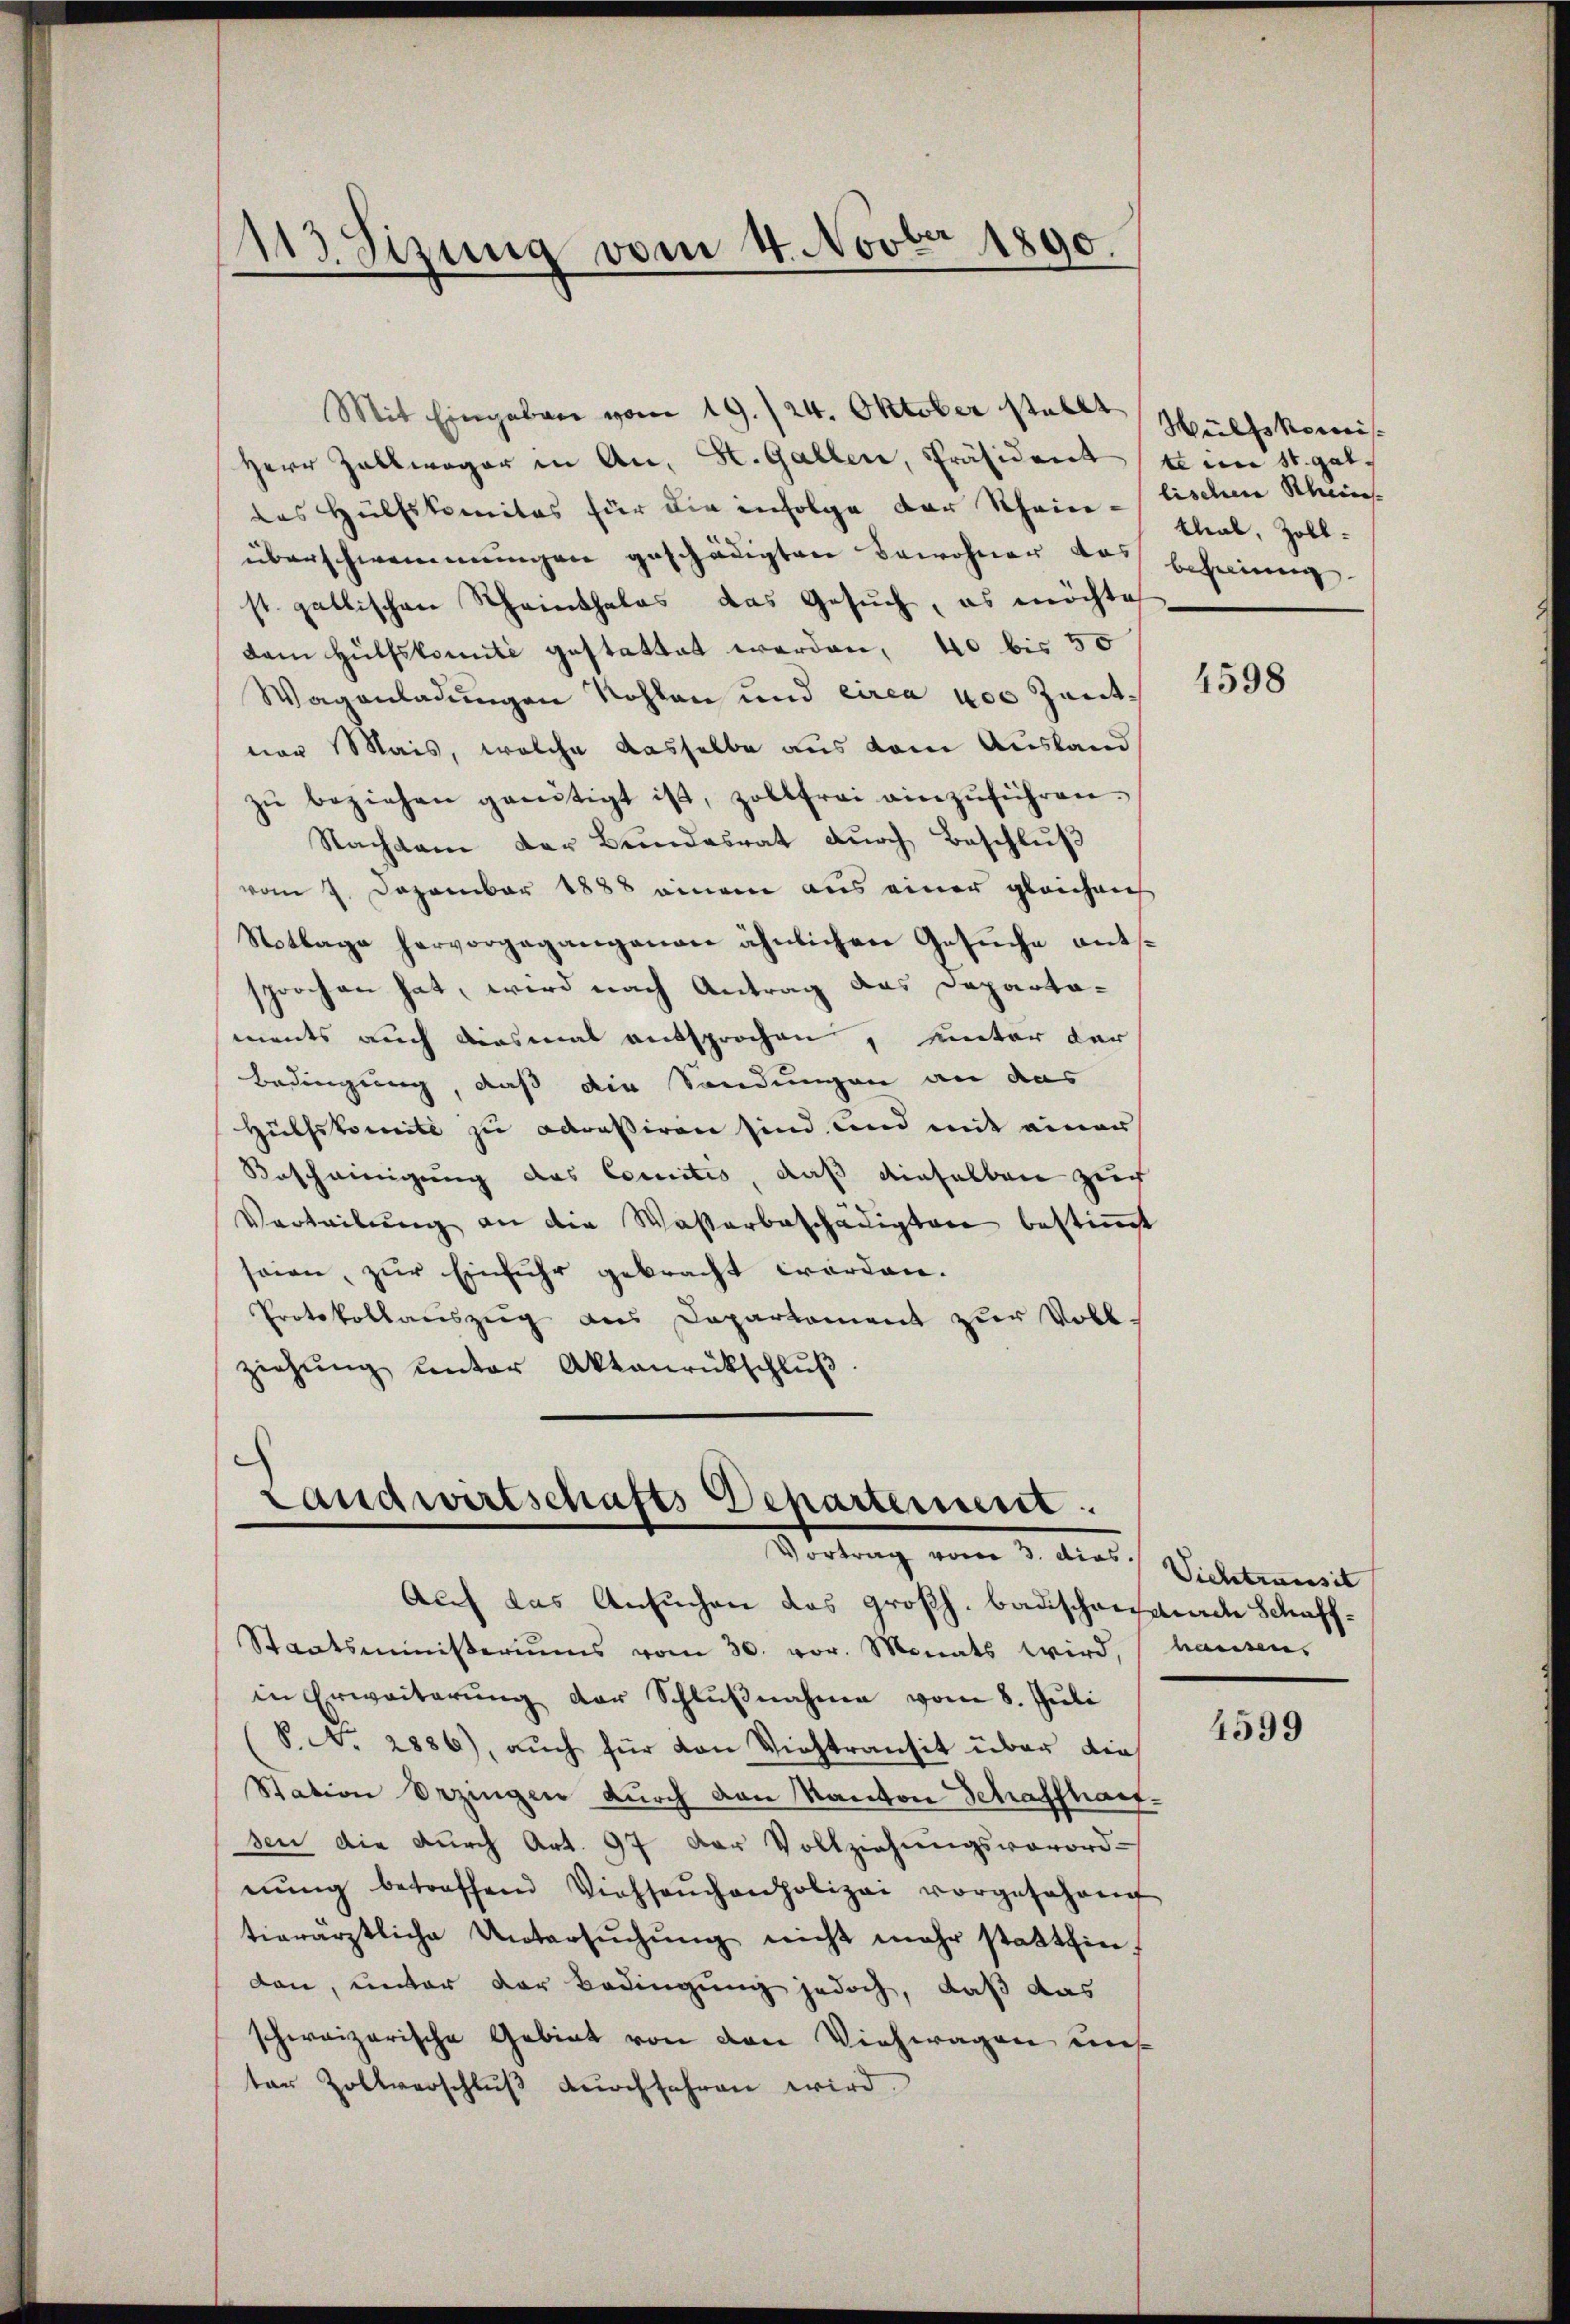
113. Sizung vom 4. ovber 1890.

überschwemmungen geschädigten Bewohner das Beheimg
st. gallischen Rheinthalas das Gesuch, es möchte
dam Hülfskomite gestattet werden, 40 bis 50
Wagenladungen Nohlen und circa 400 Zentner Mais, welche dasselbe aus dem Ausland
zŭ beziehen genŭtigt ist, zollfrei einzŭführen.
Nachdem der Bŭndesrat dŭrch Beschlŭβ
vom 7. Dezember 1888 einem aus einer gleichnich
Notlage hervorgegangenen ähnlichen Gesŭche entssprochen hat, wird nach Antrag das Departaments auch diesmal entsprochen, unter der
Bedingung, daß die Sendungen an das
Hülfskomité zu adressiren sind und mit einer
Bescheinigung des Comites, daß dieselben zeich
Verteilung an die Wasserbeschädigten bestimmt
seien, zur Einfuhr gebracht worden.
Protokollauszug aus Departement zur Vollziehŭng ŭnter Aktanrückschlŭβ:

Mit Eingaben vom 19./24. Oktober stellt Müllkomis
Herr Zollwager in An, St. Gallen, Präsidente in St. Galdas Hülfskomitas für die infolge der Rhein - lischen Scheines

Landwirtschafts-Departement.
Sietung vom 2. des Seckelmannit

thal, Zoll¬

Auf das Ansuchen das großh. badischende Schaff¬
Staatsministeriums vom 30. vor. Monats wird, hausen,
in Erweiterung der Schlußnahme vom 8. Juli
V. No. 2886), auch für von Viehtransit über die
Station bezingen durch den Kanton Schaffhaus-
sen die durch Art. 97 der Vollziehungsverord-
nŭng betreffend Viehseuchenpolizei vorgesehen
tierärztliche Untersŭchŭng nicht mehr statthin,
den, unter der Bedingung jedoch, daß das
schweizerische Gebiet von den Viehwagen uns
ter Zollverschlŭβ dŭrchfahren wird.

4598

4599